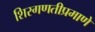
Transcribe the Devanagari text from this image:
शिरगणतीप्रमाणे